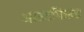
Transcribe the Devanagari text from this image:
आउटफिल्ड